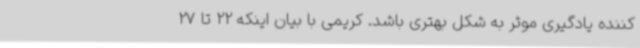
کننده یادگیری موثر به شکل بهتری باشد. کریمی با بیان اینکه 22 تا 27